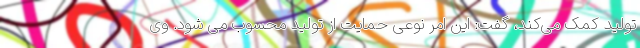
تولید کمک می‌کند، گفت: این امر نوعی حمایت از تولید محسوب می شود. وی